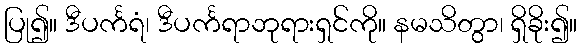
ပြု၍။ ဒီပင်္ကရံ၊ ဒီပင်္ကရာဘုရားရှင်ကို။ နမသိတွာ၊ ရှိခိုး၍။